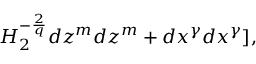
H _ { 2 } ^ { - \frac { 2 } { q } } d z ^ { m } d z ^ { m } + d x ^ { \gamma } d x ^ { \gamma } ] ,